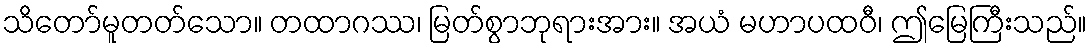
သိတော်မူတတ်သော။ တထာဂဿ၊ မြတ်စွာဘုရားအား။ အယံ မဟာပထဝီ၊ ဤမြေကြီးသည်။